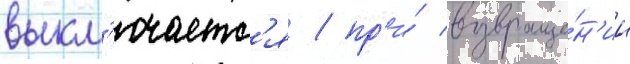
выкл'ючаетс'я / пр'и́ возвраще́н'ии